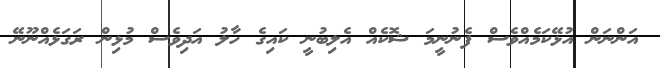
އަންނަން އުޅޭކަމެއްވެސް ފެނުނީމަ ޝޮކެއް އެލިބުނީ ކައިގެ ހާލު އަދިވެސް މުޅިން ރަގަޅެއްނޫނޭ